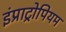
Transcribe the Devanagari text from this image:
इंप्राट्रोपियम